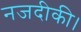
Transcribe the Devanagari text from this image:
नजदीकी।